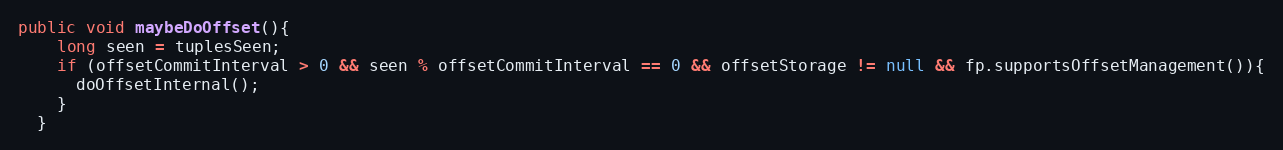
Language: Java
public void maybeDoOffset(){
    long seen = tuplesSeen;
    if (offsetCommitInterval > 0 && seen % offsetCommitInterval == 0 && offsetStorage != null && fp.supportsOffsetManagement()){
      doOffsetInternal();
    }
  }